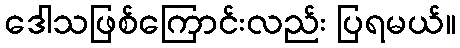
ဒေါသဖြစ်ကြောင်းလည်း ပြရမယ်။